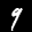
Label: 9